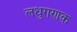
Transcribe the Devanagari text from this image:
लधुगणक